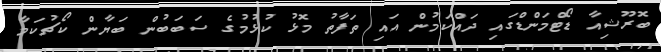
ބޮރޫޝިއާ ޑޯޓްމަންޑްގައި ދައްކަމުން އައި ތަފާތު މޮޅު ކުޅުމުގެ ސަބަބުން ބަޔާން ކޯޗުކަމާ